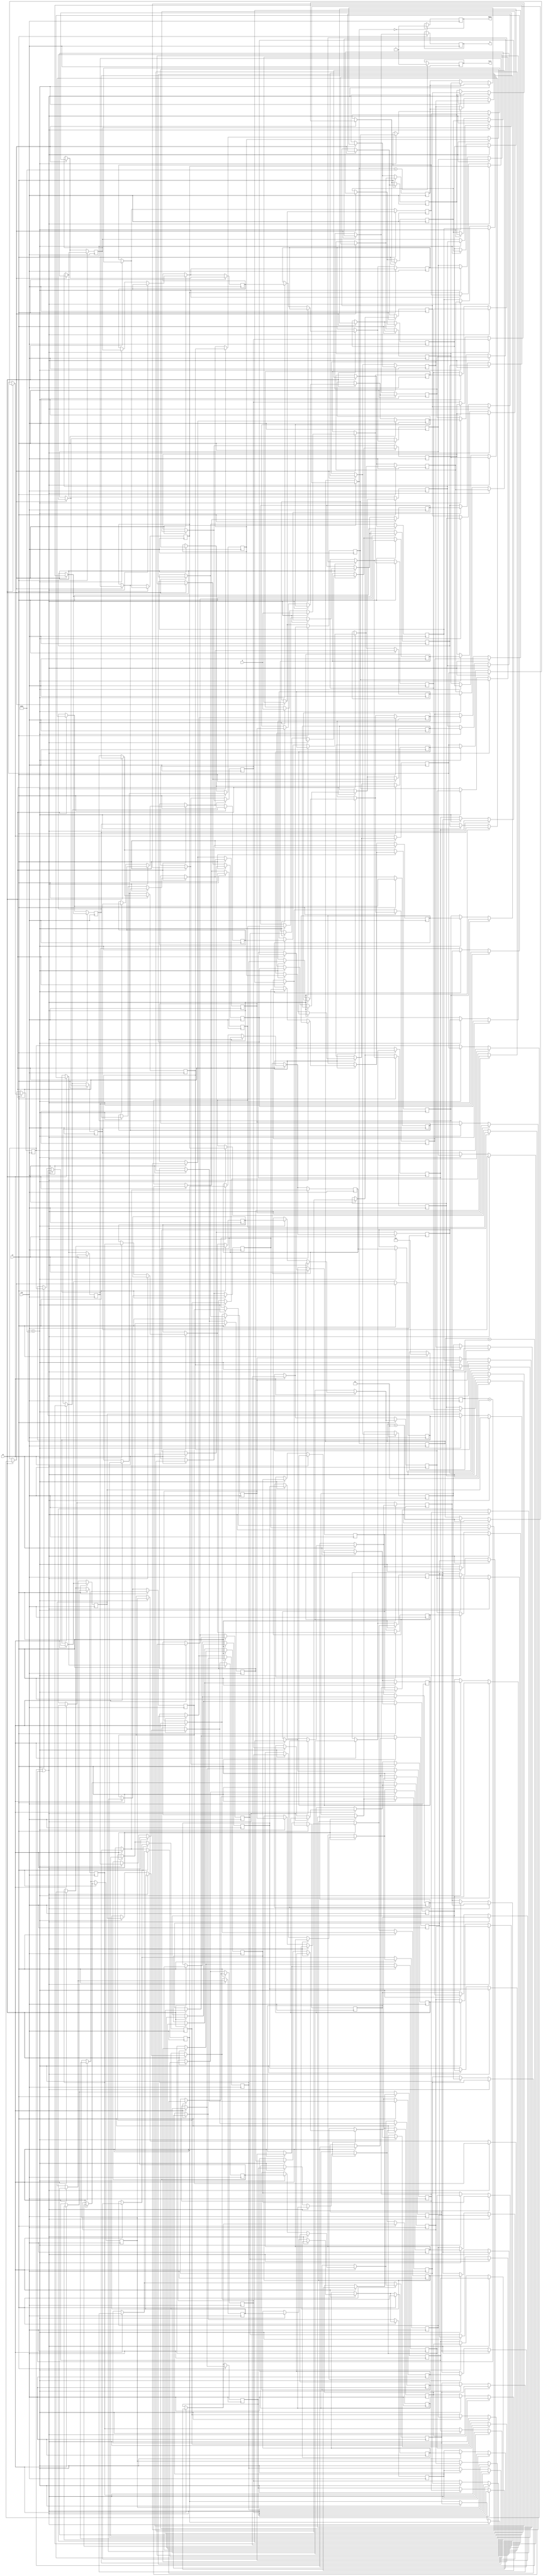
module fifo(d,q,empty,full,rd,wr,clk);
input [7:0]d;
input clk;
output reg empty;
output reg full;
input rd;
input wr;
 integer front;
integer endq;
output reg [7:0]q; 
reg [7:0] r[0:97];
reg [7:0]r1;
reg [7:0]r2;
reg [7:0]r3;
reg [7:0]r4;
reg [7:0]r5;
reg [7:0]r6;
reg [7:0]r7;
reg [7:0]r8;
reg [7:0]r9;
reg [7:0]r10;
reg [7:0]r11;
reg [7:0]r12;
reg [7:0]r13;
reg [7:0]r14;
reg [7:0]r15;
reg [7:0]r16;
reg [7:0]r17;
reg [7:0]r18;
reg [7:0]r19;
reg [7:0]r20;
reg [7:0]r21;
reg [7:0]r22;
reg [7:0]r23;
reg [7:0]r24;
reg [7:0]r25;
reg [7:0]r26;
reg [7:0]r27;
reg [7:0]r28;
reg [7:0]r29;
reg [7:0]r30;
reg [7:0]r31;
reg [7:0]r32;
reg [7:0]r33;
reg [7:0]r34;
reg [7:0]r35;
reg [7:0]r36;
reg [7:0]r37;
reg [7:0]r38;
reg [7:0]r39;
reg [7:0]r40;
reg [7:0]r41;
reg [7:0]r42;
reg [7:0]r43;
reg [7:0]r44;
reg [7:0]r45;
reg [7:0]r46;
reg [7:0]r47;
reg [7:0]r48;
reg [7:0]r49;
reg [7:0]r50;
reg [7:0]r51;
reg [7:0]r52;
reg [7:0]r53;
reg [7:0]r54;
reg [7:0]r55;
reg [7:0]r56;
reg [7:0]r57;
reg [7:0]r58;
reg [7:0]r59;
reg [7:0]r60;
reg [7:0]r61;
reg [7:0]r62;
reg [7:0]r63;
reg [7:0]r64;
reg [7:0]r65;
reg [7:0]r66;
reg [7:0]r67;
reg [7:0]r68;
reg [7:0]r69;
reg [7:0]r70;
reg [7:0]r71;
reg [7:0]r72;
reg [7:0]r73;
reg [7:0]r74;
reg [7:0]r75;
reg [7:0]r76;
reg [7:0]r77;
reg [7:0]r78;
reg [7:0]r79;
reg [7:0]r80;
reg [7:0]r81;
reg [7:0]r82;
reg [7:0]r83;
reg [7:0]r84;
reg [7:0]r85;
reg [7:0]r86;
reg [7:0]r87;
reg [7:0]r88;
reg [7:0]r89;
reg [7:0]r90;
reg [7:0]r91;
reg [7:0]r92;
reg [7:0]r93;
reg [7:0]r94;
reg [7:0]r95;
reg [7:0]r96;
reg [7:0]r97;
initial begin
front=0;
endq=0;
end
always@(posedge clk)
begin


if(wr==1)
begin
if((front==endq)|(endq==1))
begin
r1=d;
front=front+1;
end
else if(front<97)
begin
r97=r96;
r96=r95;
r95=r94;
r94=r93;
r93=r92;
r92=r91;
r91=r90;
r90=r89;
r89=r88;
r88=r87;
r87=r86;
r86=r85;
r85=r84;
r84=r83;
r83=r82;
r82=r81;
r81=r80;
r80=r79;
r79=r78;
r78=r77;
r77=r76;
r76=r75;
r75=r74;
r74=r73;
r73=r72;
r72=r71;
r71=r70;
r70=r69;
r69=r68;
r68=r67;
r67=r66;
r66=r65;
r65=r64;
r64=r63;
r63=r62;
r62=r61;
r61=r60;
r60=r59;
r59=r58;
r58=r57;
r57=r56;
r56=r55;
r55=r54;
r54=r53;
r53=r52;
r52=r51;
r51=r49;
r49=r48;
r48=r47;
r47=r46;
r46=r45;
r45=r44;
r44=r43;
r43=r42;
r42=r41;
r41=r40;
r40=r39;
r39=r38;
r38=r37;
r37=r36;
r36=r35;
r35=r34;
r34=r33;
r33=r32;
r32=r31;
r31=r30;
r30=r29;
r29=r28;
r28=r27;
r27=r26;
r26=r25;
r25=r24;
r24=r23;
r23=r22;
r22=r21;
r21=r20;
r20=r19;
r19=r18;
r18=r17;
r17=r16;
r16=r15;
r15=r14;
r14=r13;
r13=r12;
r12=r11;
r11=r10;
r10=r9;
r9=r8;
r8=r7;
r7=r6;
r6=r5;
r5=r4;
r4=r3;
r3=r2;
r2=r1;
r1=d;
front=front+1;
end

end
if(front==97)
begin
full=1; 
end
if(rd==1)
begin
q=r97;
r97=r96;
r96=r95;
r95=r94;
r94=r93;
r93=r92;
r92=r91;
r91=r90;
r90=r89;
r89=r88;
r88=r87;
r87=r86;
r86=r85;
r85=r84;
r84=r83;
r83=r82;
r82=r81;
r81=r80;
r80=r79;
r79=r78;
r78=r77;
r77=r76;
r76=r75;
r75=r74;
r74=r73;
r73=r72;
r72=r71;
r71=r70;
r70=r69;
r69=r68;
r68=r67;
r67=r66;
r66=r65;
r65=r64;
r64=r63;
r63=r62;
r62=r61;
r61=r60;
r60=r59;
r59=r58;
r58=r57;
r57=r56;
r56=r55;
r55=r54;
r54=r53;
r53=r52;
r52=r51;
r51=r49;
r49=r48;
r48=r47;
r47=r46;
r46=r45;
r45=r44;
r44=r43;
r43=r42;
r42=r41;
r41=r40;
r40=r39;
r39=r38;
r38=r37;
r37=r36;
r36=r35;
r35=r34;
r34=r33;
r33=r32;
r32=r31;
r31=r30;
r30=r29;
r29=r28;
r28=r27;
r27=r26;
r26=r25;
r25=r24;
r24=r23;
r23=r22;
r22=r21;
r21=r20;
r20=r19;
r19=r18;
r18=r17;
r17=r16;
r16=r15;
r15=r14;
r14=r13;
r13=r12;
r12=r11;
r11=r10;
r10=r9;
r9=r8;
r8=r7;
r7=r6;
r6=r5;
r5=r4;
r4=r3;
r3=r2;
r2=r1;
endq=1;
end
if(front==0)
begin
empty=1;
end
end





                                                                                                                                                                                                                                                                                                                                                                                                                                                                                                                                                                                                                                                                                                                        `timescale 1ns / 1ps



endmodule